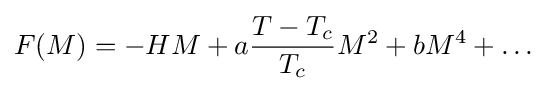
F(M)=-HM+a{\frac {T-T_{c}}{T_{c}}}M^{2}+bM^{4}+\ldots